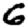
Digit: 6